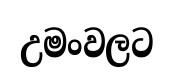
උමංවලට